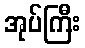
အုပ်ကြီး